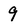
Character: 9